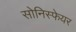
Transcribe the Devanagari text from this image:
सोनिस्फेयर